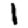
Digit: 1